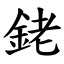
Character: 銠